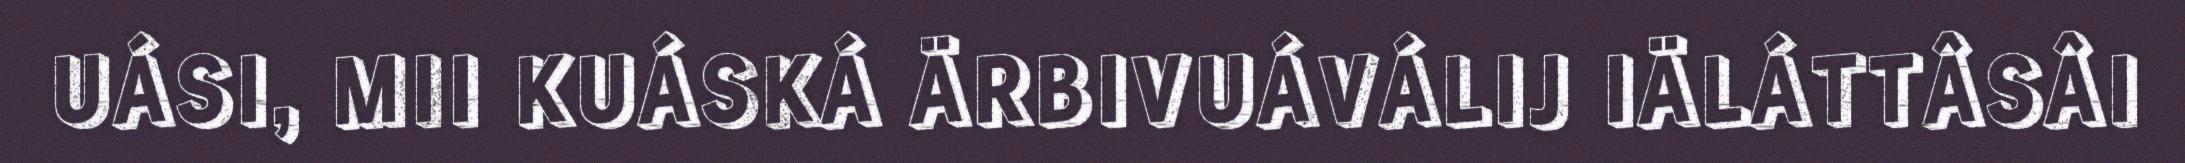
UÁSI, MII KUÁSKÁ ÄRBIVUÁVÁLIJ IÄLÁTTÂSÂI